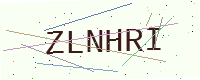
Text: ZLNHRI